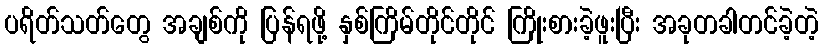
ပရိတ်သတ်တွေ အချစ်ကို ပြန်ရဖို့ နှစ်ကြိမ်တိုင်တိုင် ကြိုးစားခဲ့ဖူးပြီး အခုတခါတင်ခဲ့တဲ့